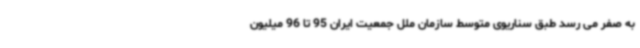
به صفر می رسد طبق سناریوی متوسط سازمان ملل جمعیت ایران 95 تا 96 میلیون